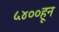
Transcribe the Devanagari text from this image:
५४००हून